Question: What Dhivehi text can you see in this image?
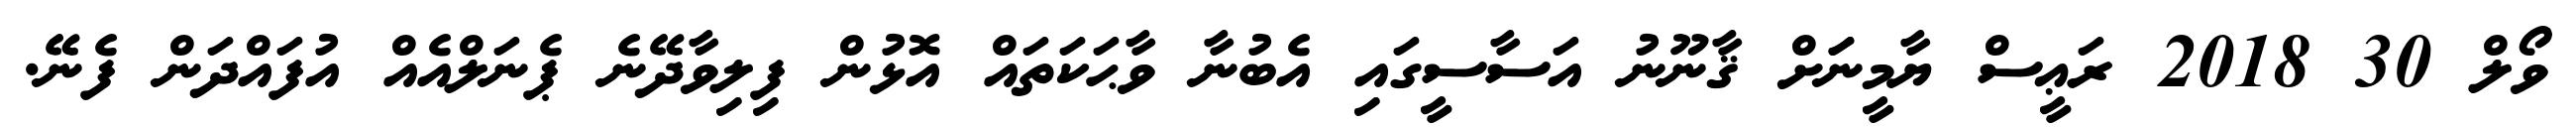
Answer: ވޯލް 30 2018 ރަޢީސް ޔާމީނަަށް ޤާނޫނު އަސާސީގައި އެބުނާ ވާޙަކަތައް އޮޅުން ފިލިވާދޭނެ ޕެނަލްއެއް އުފައްދަން ފެނޭ.